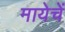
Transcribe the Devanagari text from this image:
मायेचें